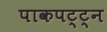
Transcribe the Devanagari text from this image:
पाकपट्ट्न